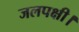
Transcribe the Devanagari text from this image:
जलपक्षी।